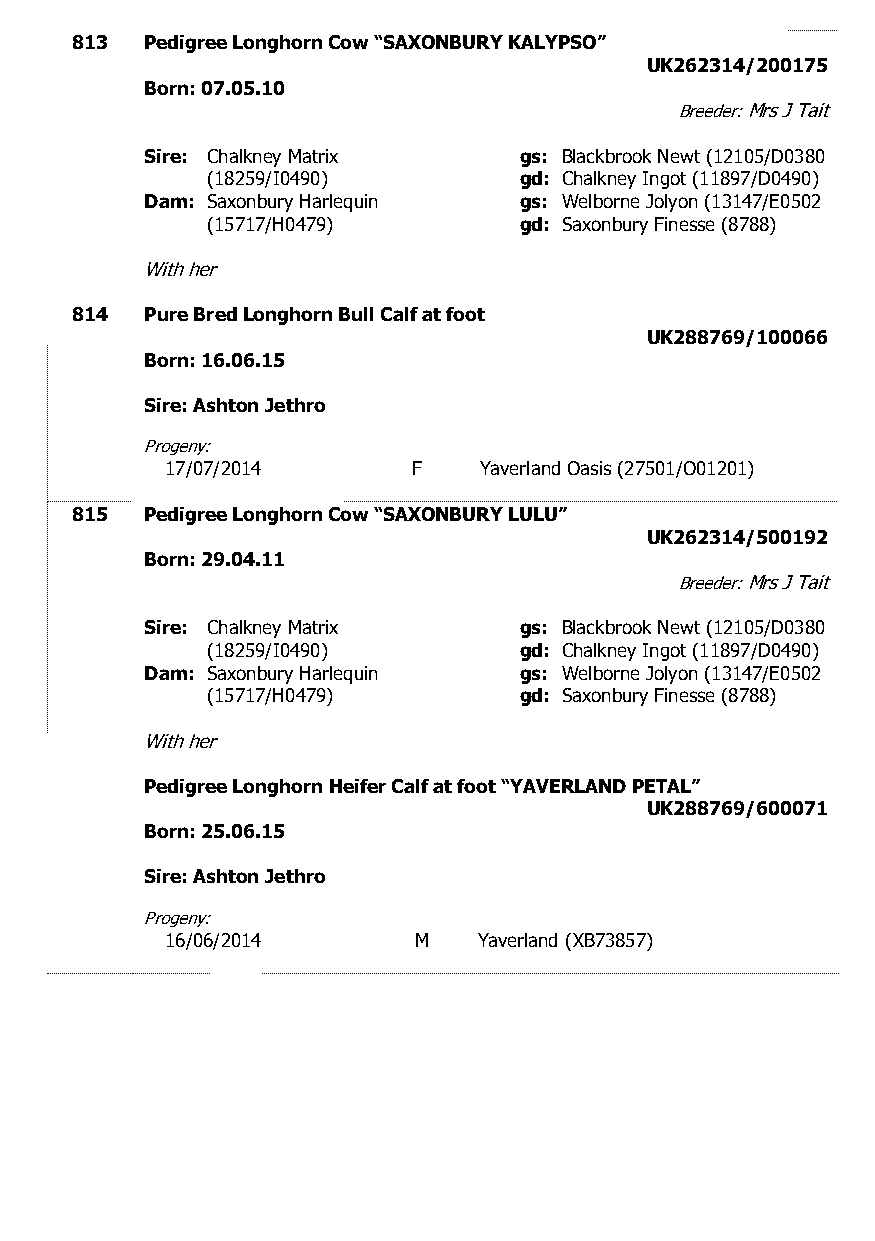
813  Pedigree Longhorn Cow “SAXONBURY KALYPSO”
 UK262314/200175
 Born: 07.05.10
 Breeder: Mrs J Tait
 Sire: Chalkney Matrix   gs: Blackbrook Newt (12105/D0380
 (18259/I0490)       gd: Chalkney Ingot (11897/D0490)
 Dam: Saxonbury Harlequin gs: Welborne Jolyon (13147/E0502
 (15717/H0479)       gd: Saxonbury Finesse (8788)
 With her
 814  Pure Bred Longhorn Bull Calf at foot
 UK288769/100066
 Born: 16.06.15
 Sire: Ashton Jethro
 Progeny:
 17/07/2014      F    Yaverland Oasis (27501/O01201)
 815  Pedigree Longhorn Cow “SAXONBURY LULU”
 UK262314/500192
 Born: 29.04.11
 Breeder: Mrs J Tait
 Sire: Chalkney Matrix   gs: Blackbrook Newt (12105/D0380
 (18259/I0490)       gd: Chalkney Ingot (11897/D0490)
 Dam: Saxonbury Harlequin gs: Welborne Jolyon (13147/E0502
 (15717/H0479)       gd: Saxonbury Finesse (8788)
 With her
 Pedigree Longhorn Heifer Calf at foot “YAVERLAND PETAL”
 UK288769/600071
 Born: 25.06.15
 Sire: Ashton Jethro
 Progeny:
 16/06/2014      M    Yaverland (XB73857)